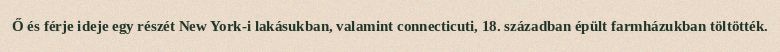
Ő és férje ideje egy részét New York-i lakásukban, valamint connecticuti, 18. században épült farmházukban töltötték.